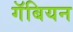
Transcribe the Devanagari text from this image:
गॅबियन